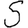
Digit: 5